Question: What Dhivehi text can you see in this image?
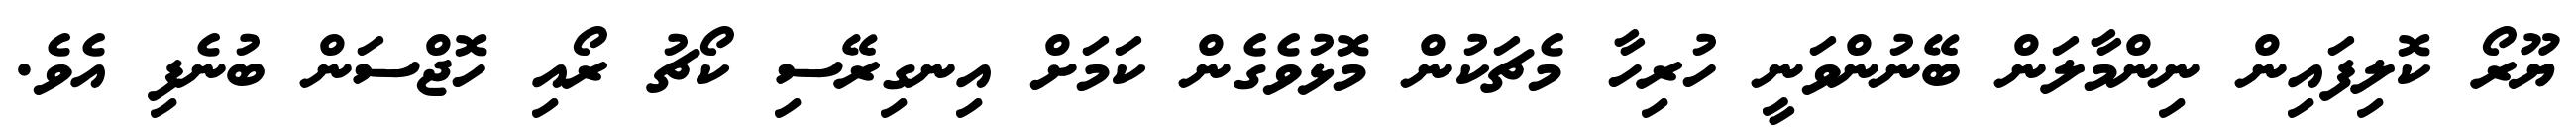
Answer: ޔޫރޯ ކޮލިފައިން ނިންމާލަން ބޭނުންވަނީ ހުރިހާ މެޗަކުން މޮޅުވެގެން ކަމަށް އިނގިރޭސި ކޯޗު ރޯއި ހޮޖްސަން ބުނެފި އެވެ.